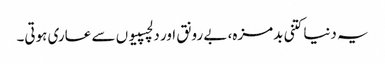
یہ دنیا کتنی بدمزہ، بے رونق اور دلچسپیوں سے عاری ہوتی۔